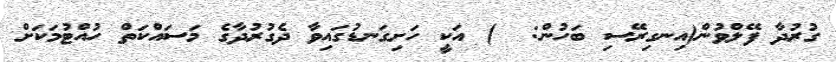
ގުރުދާ ފޭލްވުން(އިނގިރޭސި ބަހުން:  ) އަކީ ހަށިގަނޑުގައިވާ ދެގުރުދާގެ މަސައްކަތް ހުއްޓުމަކަށް